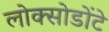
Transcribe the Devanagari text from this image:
लोक्सोडोंटे